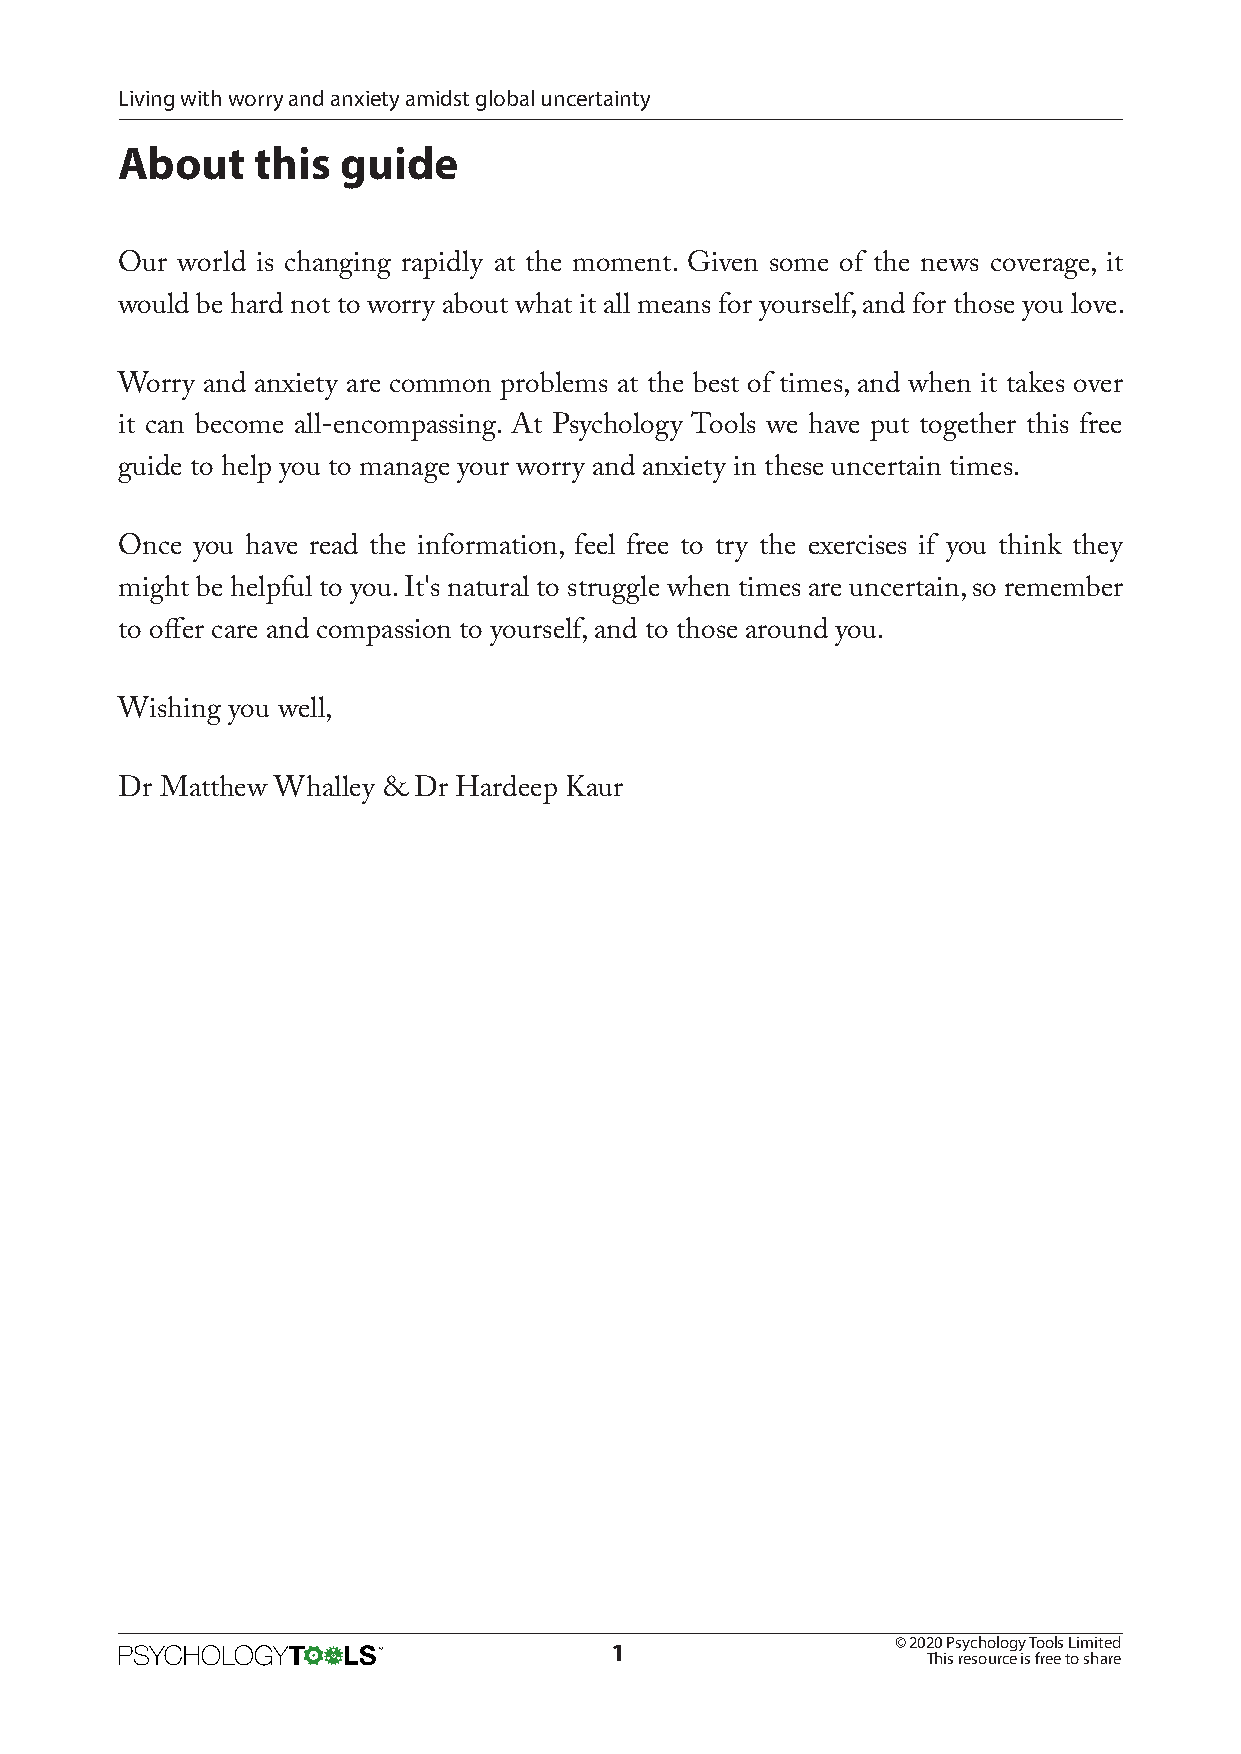
Living with worry and anxiety amidst global uncertainty
 About    this  guide
 Our world is changing rapidly at the moment. Given some of the news coverage, it
 would be hard not to worry about what it all means for yourself, and for those you love.
 Worry and anxiety are common problems at the best of times, and when it takes over
 it can become all-encompassing. At Psychology Tools we have put together this free
 guide to help you to manage your worry and anxiety in these uncertain times.
 Once you have read the information, feel free to try the exercises if you think they
 might be helpful to you. It's natural to struggle when times are uncertain, so remember
 to offer care and compassion to yourself, and to those around you.
 Wishing you well,
 Dr Matthew Whalley & Dr Hardeep Kaur
 © 2020 Psychology Tools Limited
 1
 This resource is free to share